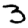
Digit: 3